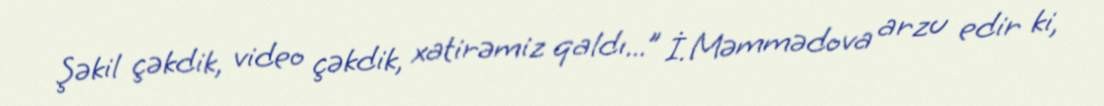
Şəkil çəkdik, video çəkdik, xatirəmiz qaldı...” İ. Məmmədova arzu edir ki,